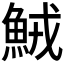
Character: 𩶺